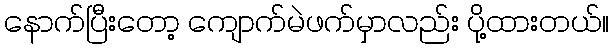
နောက်ပြီးတော့ ကျောက်မဲဖက်မှာလည်း ပို့ထားတယ်။